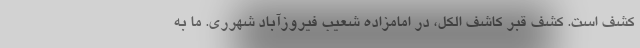
کشف است. کشف قبر کاشف الکل، در امامزاده شعیب فیروزآباد شهرری. ما به